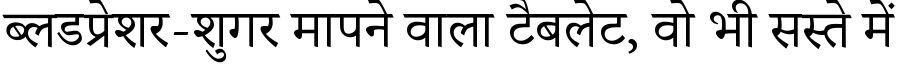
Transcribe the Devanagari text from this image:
ब्लडप्रेशर-शुगर मापने वाला टैबलेट, वो भी सस्ते में